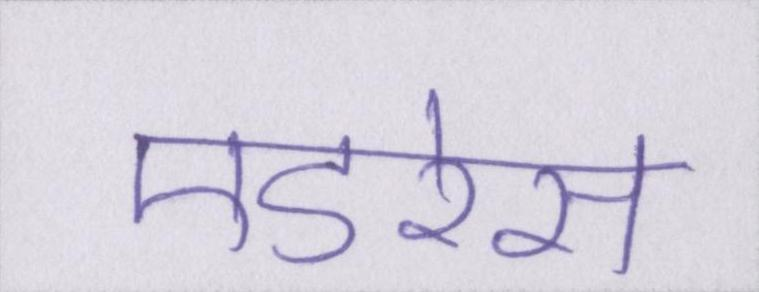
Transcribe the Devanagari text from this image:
एडरेस